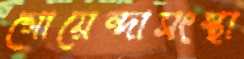
গোয়েন্দাসংস্থা